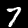
Digit: 7